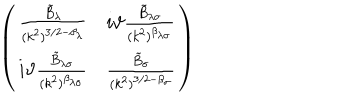
LaTeX: \left( \begin{array} { c c } { { \frac { \tilde { B } _ { \lambda } } { ( k ^ { 2 } ) ^ { 3 / 2 - \beta _ { \lambda } } } } } & { { i \vartheta \frac { \tilde { B } _ { \lambda \sigma } } { ( k ^ { 2 } ) ^ { \beta _ { \lambda \sigma } } } } } \\ { { i \vartheta \frac { \tilde { B } _ { \lambda \sigma } } { ( k ^ { 2 } ) ^ { \beta _ { \lambda \sigma } } } } } & { { \frac { \tilde { B } _ { \sigma } } { ( k ^ { 2 } ) ^ { 3 / 2 - \beta _ { \sigma } } } } } \\ \end{array} \right)